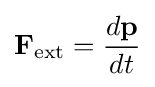
\mathbf {F} _{\text{ext}}={\frac {d\mathbf {p} }{dt}}